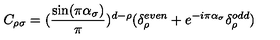
C _ { \rho \sigma } = ( \frac { \sin ( \pi \alpha _ { \sigma } ) } { \pi } ) ^ { d - \rho } ( \delta _ { \rho } ^ { e v e n } + e ^ { - i \pi \alpha _ { \sigma } } \delta _ { \rho } ^ { o d d } )